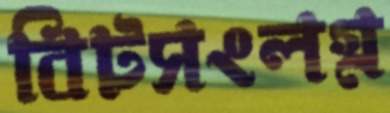
বিটসংলগ্ন